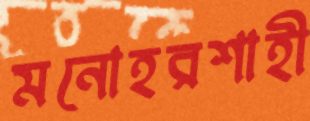
মনোহরশাহী